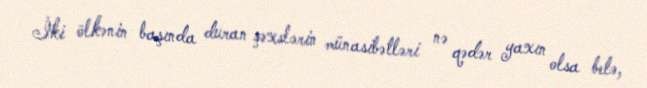
İki ölkənin başında duran şəxslərin münasibətləri nə qədər yaxın olsa belə,